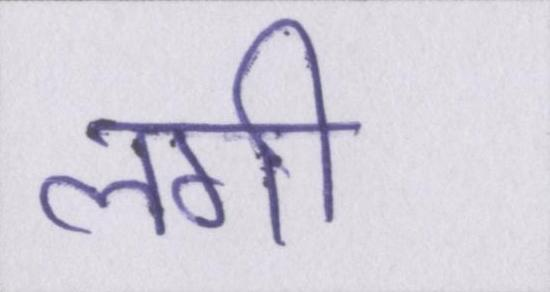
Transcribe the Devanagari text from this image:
लगी